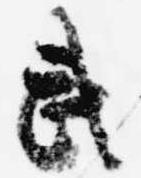
武